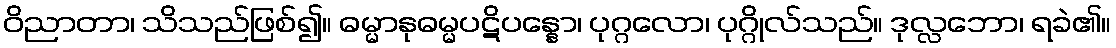
ဝိညာတာ၊ သိသည်ဖြစ်၍။ ဓမ္မာနုဓမ္မပဋိပန္နော၊ ပုဂ္ဂလော၊ ပုဂ္ဂိုလ်သည်။ ဒုလ္လဘော၊ ရခဲ၏။